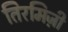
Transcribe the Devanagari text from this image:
तिरमिज़ी